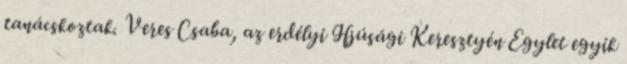
tanácskoztak. Veres Csaba, az erdélyi Ifjúsági Keresztyén Egylet egyik